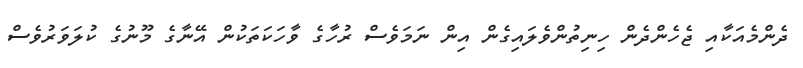
ދެންމެއަކާއި ޖެހެންދެން ހިނިތުންވެލައިގެން އިން ނަމަވެސް ރުހާގެ ވާހަކަތަކުން އޭނާގެ މޫނުގެ ކުލަވަރުވެސް